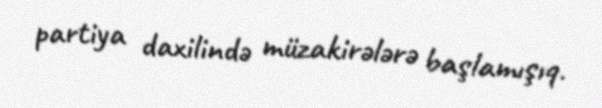
partiya daxilində müzakirələrə başlamışıq.